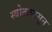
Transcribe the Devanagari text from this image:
स्त्रोतापासून